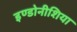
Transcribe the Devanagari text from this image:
इण्डोनीशिया